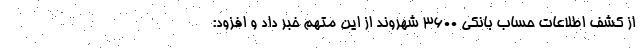
از کشف اطلاعات حساب بانکی 3600 شهروند از این متهم خبر داد و افزود: